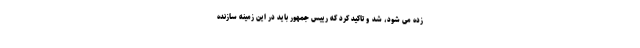
زده می شود، شد و تاکید کرد که رییس جمهور باید در این زمینه سازنده